Lunatic asylums in Bengal annual reports 1912-1924 - 1912-1924
Year: 1912
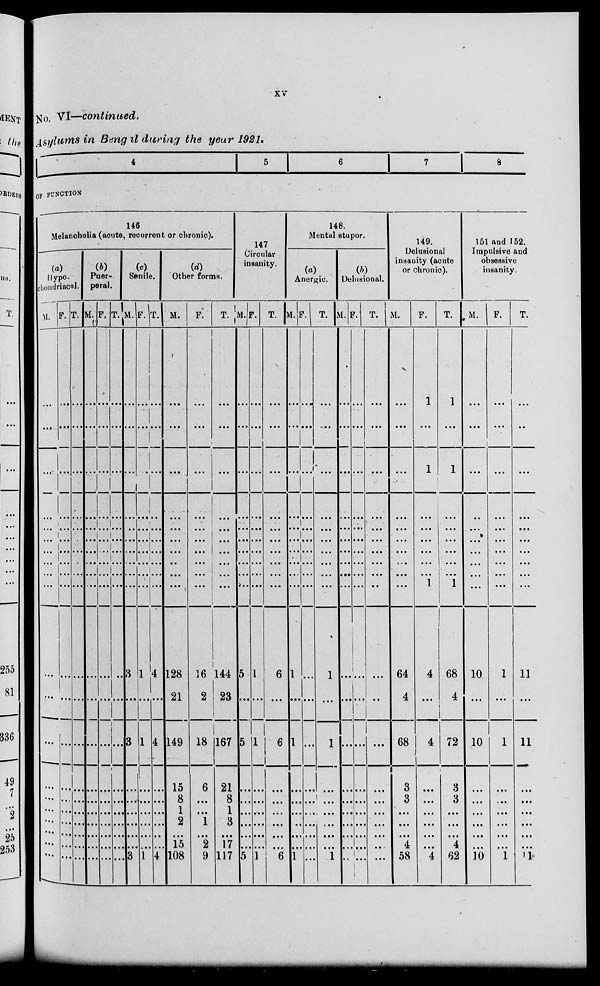
xv
No. VI—continued.
Asylums in Bengal during the year 1921.
4
5
6
7 8
OF FUNCTION
146
Melancholia (acute, recurrent or chronic).
(a)
Hypo¬
chondriacal.
M.
...
...
...
...
...
...
...
...
...
...
...
...
…
…
...
…
...
...
...
...
F.
...
...
...
...
...
...
...
...
...
...
...
...
…
…
…
…
…
…
…
…
T.
...
...
...
...
...
...
...
...
...
...
...
...
…
…
…
…
…
…
…
…
(b)
Puer¬
peral.
M.
...
...
...
...
...
...
...
...
...
...
...
...
…
…
…
…
…
…
…
…
F.
...
...
...
...
...
...
...
...
...
...
...
…
…
…
…
…
…
…
…
…
T.
...
...
...
...
...
...
...
...
...
...
...
…
…
…
…
…
…
…
…
…
(c)
Senile.
M.
...
...
...
...
...
...
...
...
...
...
3
…
3
…
…
…
…
…
...
3
F.
...
...
...
...
...
...
...
...
...
...
1
…
1
…
…
…
…
…
…
1
T.
...
...
...
...
...
...
...
...
...
...
4
…
4
…
…
…
…
…
…
4
(d)
Other forms.
M.
...
...
...
...
...
...
...
...
...
...
128
21
149
15
8
1
2
…
15
108
F.
...
...
...
...
...
...
...
...
...
...
16
2
18
6
...
...
1
...
2
9
T.
...
...
...
...
...
...
...
...
...
...
144
23
167
21
8
1
3
…
17
117
147
Circular
insanity.
M.
...
...
...
...
....
...
...
...
...
...
5
…
5
…
…
…
…
…
…
5
F.
...
...
...
...
...
...
...
...
...
...
1
…
1
…
…
…
…
…
…
1
T.
...
...
...
...
...
...
...
...
...
...
6
…
6
…
…
…
…
…
…
6
148
Mental stupor.
(a)
Anergic.
M.
...
...
...
...
...
...
...
...
...
...
1
…
1
…
…
…
…
…
…
1
F.
...
...
...
...
...
...
...
...
...
...
...
…
...
…
…
…
…
…
…
...
T.
...
...
...
...
...
...
...
...
...
...
1
…
1
…
…
…
…
…
…
1
(b)
Delusional.
M.
...
...
...
...
...
...
...
...
...
...
...
…
...
…
…
…
…
…
…
...
F.
...
...
...
...
...
...
...
...
...
...
1
…
...
…
…
…
…
…
…
1
T.
...
...
...
...
...
...
...
...
...
...
...
…
...
…
…
…
…
…
…
...
149.
Delusional
insanity (acute
or chronic).
M.
...
...
...
...
...
...
...
...
...
...
64
4
68
3
3
…
...
...
4
58
F.
1
...
1
...
...
...
...
...
...
1
4
...
4
...
...
...
...
...
…
4
T.
1
...
1
...
...
...
...
...
...
1
68
4
72
3
3
...
...
…
4
62
151 and 152.
Impulsive and
obsessive
insanity.
M.
...
...
...
...
...
...
...
...
...
...
10
…
10
…
...
…
...
…
...
10
F.
...
...
...
...
...
...
...
...
...
...
1
…
1
...
…
...
...
...
...
1
T.
...
...
...
...
...
...
...
...
...
...
11
…
11
...
…
...
...
...
...
11